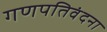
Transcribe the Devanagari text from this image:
गणपतिवंदना